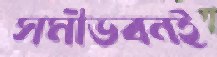
সমীভবনই